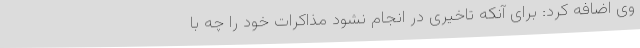
وی اضافه کرد: برای آنکه تاخیری در انجام نشود مذاکرات خود را چه با